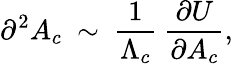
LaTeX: \partial^{2}A_{c}~\sim~\frac{1}{\Lambda_{c}}{}~\frac{\partial U}{\partial A_{c}},